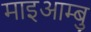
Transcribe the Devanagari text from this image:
माइआम्बु